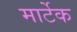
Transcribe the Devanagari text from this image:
मार्टेक